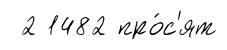
2 1482 про́с'ят